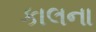
કાલના